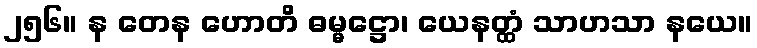
၂၅၆။ န တေန ဟောတိ ဓမ္မဋ္ဌော၊ ယေနတ္ထံ သာဟသာ နယေ။